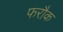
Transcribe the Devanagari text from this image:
फरौक